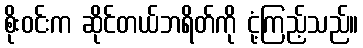
စိုးဝင်းက ဆိုင်တယ်ဘရိတ်ကို ငုံ့ကြည့်သည်။